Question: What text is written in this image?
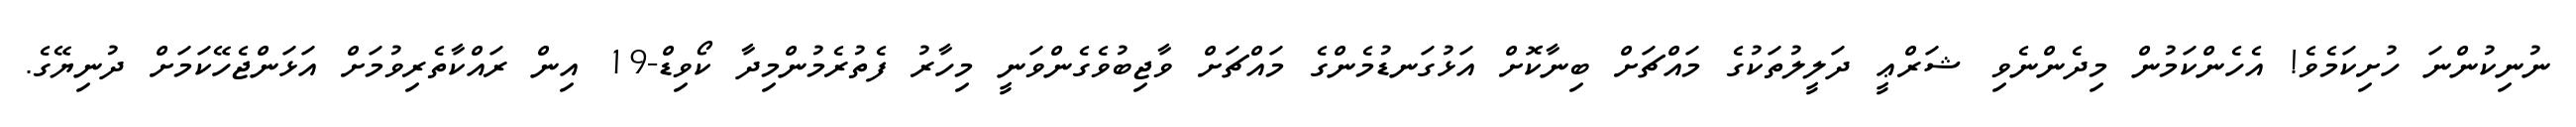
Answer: ނުނިކުންނަ ހުށިކަމެވެ! އެހެންކަމުން މިދެންނެވި ޝަރްޢީ ދަލީލުތަކުގެ މައްޗަށް ބިނާކޮށް އަޅުގަނޑުމެންގެ މައްޗަށް ވާޖިބުވެގެންވަނީ މިހާރު ފެތުރެމުންމިދާ ކޯވިޑް-19 އިން ރައްކާތެރިވުމަށް އަޅަންޖެހޭކަމަށް ދުނިޔޭގެ.